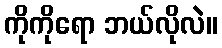
ကိုကိုရော ဘယ်လိုလဲ။